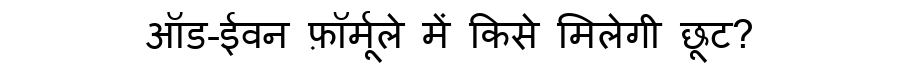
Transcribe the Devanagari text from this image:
ऑड-ईवन फ़ॉर्मूले में किसे मिलेगी छूट?